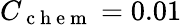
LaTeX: C_{\mathrm{~c~h~e~m~}}=0.01